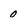
Character: 0